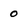
Character: 0